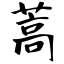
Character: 蒿